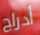
أدراج